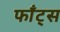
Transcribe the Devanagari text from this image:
फाँट्‌स